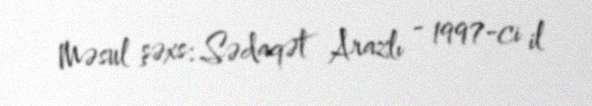
Məsul şəxs: Sədaqət Arazlı - 1997-ci il